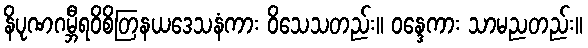
နိပုဏဂမ္ဘီရဝိစိတြနယဒေသနံကား ဝိသေသတည်း။ ဝန္ဒေကား သာမညတည်း။